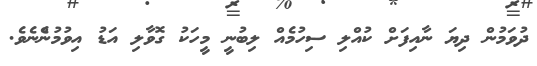
ދުވަމުން ދިޔަ ނާއިފަށް ކުއްލި ސިހުމެއް ލިބުނީ މީހަކު ގޮވާލި އަޑު އިވުމުންެނެވެ.